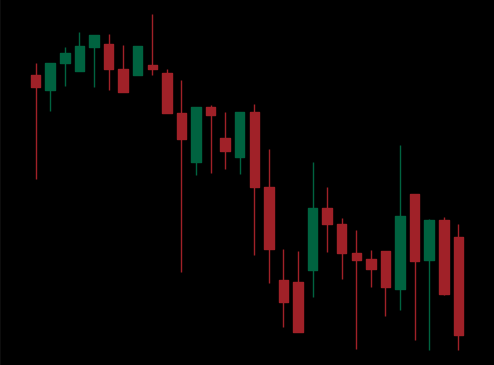
Pattern: unclassified